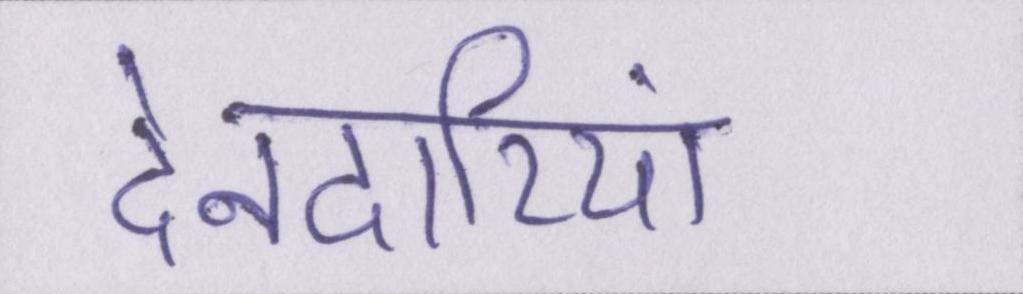
देनदारियां